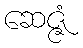
ဆေဇ္ဇံ